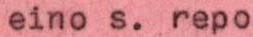
eino s. repo